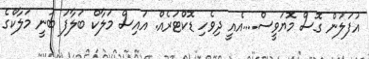
އުފަލުން ގޮސް މޮޔަވީސް....އެއީ ދިވެހި ޑޮކްޓަރެއް. އައިސް މަލާކް ބަލާފަ ބުނީ މަލާކްގެ